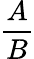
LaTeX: \frac{A}{B}